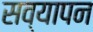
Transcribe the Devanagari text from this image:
सव्यापन